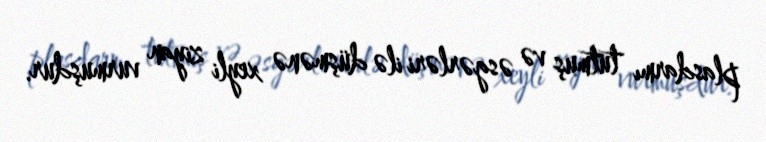
plasdarmı tutmuş və əsgərləri ilə düşmənə xeyli ziyan vurmuşdur.